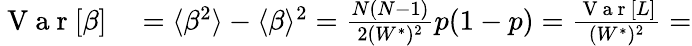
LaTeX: \begin{array}{rl}{\mathrm{~V~a~r~}[\beta]}&{{}=\langle\beta^{2}\rangle-\langle\beta\rangle^{2}=\frac{N(N-1)}{2(W^{*})^{2}}p(1-p)=\frac{\mathrm{~V~a~r~}[L]}{(W^{*})^{2}}=}\end{array}